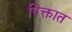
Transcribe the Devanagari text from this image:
पिक्तात